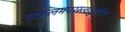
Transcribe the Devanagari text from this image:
सकलमपरस्त्वध्रुवमिदं।